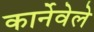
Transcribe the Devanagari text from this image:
कार्नेवेले